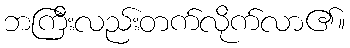
ဘကြီးလည်းတက်လိုက်လာ၏။